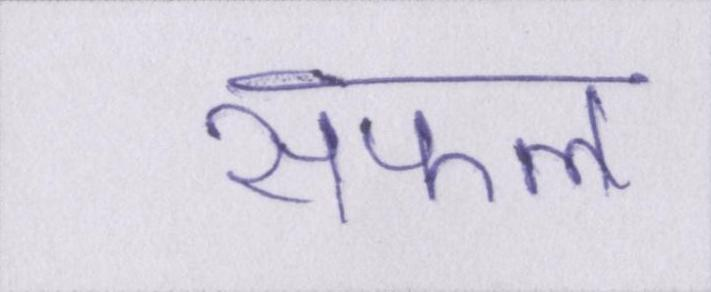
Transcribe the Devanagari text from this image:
सफल